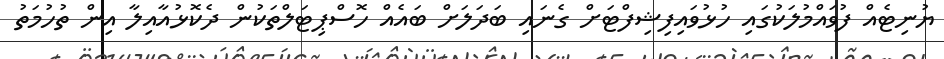
ޔުނިޓެއް ފުވައްމުލަކުގައި ހުޅުވައިފިޝިފްޓަށް ގެނައި ބަދަލަށް ބައެއް ހޮސްޕިޓަލްތަކުން ދެކޮޅުއާއިލާ އިން ތުހުމަތު